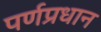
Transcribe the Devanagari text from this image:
पर्णप्रधान